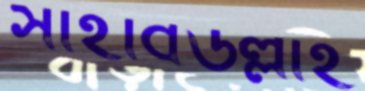
সাহাবউল্লাহ